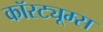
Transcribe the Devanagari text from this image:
कॉस्ट्यूम्स